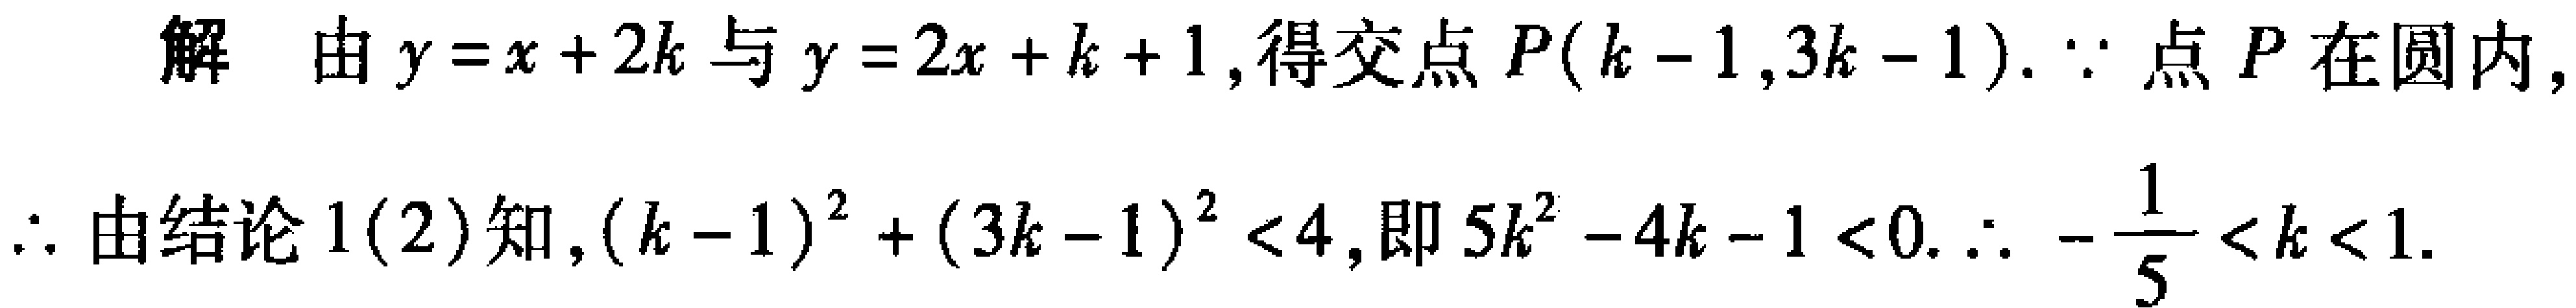
解 由\(y = x + 2k\)与\(y = 2x + k + 1\),得交点\(P(k - 1,3k - 1)\). \(\because\)点\(P\)在圆内,
\(\therefore\)由结论\(1(2)\)知,\((k - 1)^2 + (3k - 1)^2 < 4\),即\(5k^2 - 4k - 1 < 0\). \(\therefore -\frac{1}{5} < k < 1\).